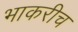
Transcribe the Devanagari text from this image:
भाकरीच